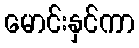
မောင်းနှင်ကာ